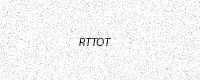
Text: RTTOT